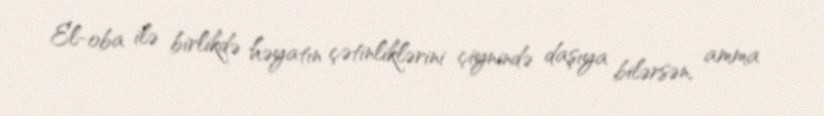
El-oba ilə birlikdə həyatın çətinliklərini çiynində daşıya bilərsən, amma